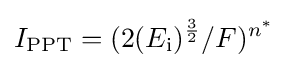
I_{\text{PPT}}=(2(E_{\text{i}})^{\frac {3}{2}}/F)^{n^{*}}